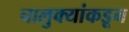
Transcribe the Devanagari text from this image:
चालुक्यांकडून